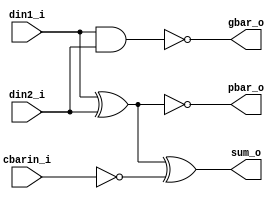
`timescale 1ns/1ps
module fa_0pg (
  din1_i,
  din2_i,
  cbarin_i,
  sum_o,
  gbar_o,
  pbar_o
);

input din1_i, din2_i, cbarin_i;
output sum_o, pbar_o, gbar_o;

assign sum_o = din1_i ^ din2_i ^ ~cbarin_i;
assign pbar_o = ~ (din1_i ^ din2_i);
assign gbar_o = ~ (din1_i & din2_i);

endmodule